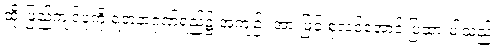
ထို ဖြည့်ကျင့်ပုံကို ရတနာ့ဂုဏ်ရည်၌ အကျဉ်း အားဖြင့် စုံလင်အောင် ပြထားပါသည်။